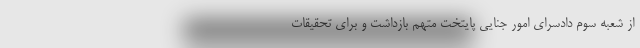
از شعبه سوم دادسرای امور جنایی پایتخت متهم بازداشت و برای تحقیقات